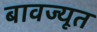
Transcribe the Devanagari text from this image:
बावज्यूत